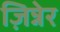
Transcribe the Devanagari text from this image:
ज़िन्नेर